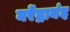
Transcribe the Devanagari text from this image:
नरेंद्रानंद